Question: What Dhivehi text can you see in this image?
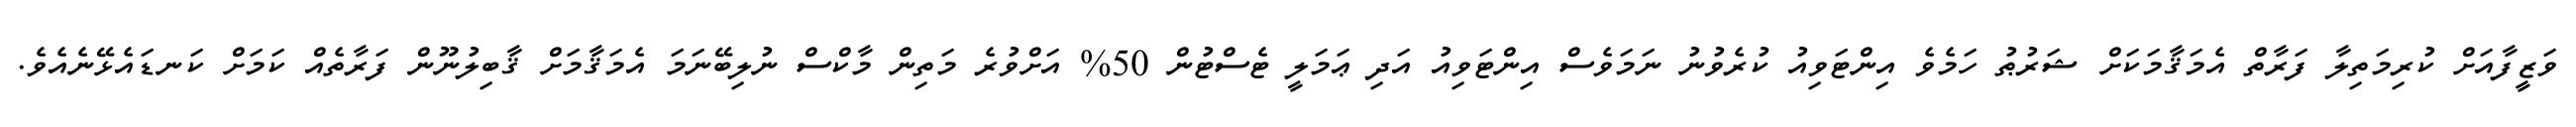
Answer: ވަޒީފާއަށް ކުރިމަތިލާ ފަރާތް އެމަޤާމަކަށް ޝަރުޠު ހަމެވެ އިންޓަވިއު ކުރެވުނު ނަމަވެސް އިންޓަވިއު އަދި ޢަމަލީ ޓެސްޓުން 50% އަށްވުރެ މަތިން މާކްސް ނުލިބޭނަމަ އެމަޤާމަށް ޤާބިލުނޫން ފަރާތެއް ކަމަށް ކަނޑައެޅޭނެއެވެ.